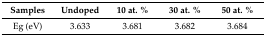
<table><thead><tr><td><b>Samples</b></td><td><b>Undoped</b></td><td><b>10 at. %</b></td><td><b>30 at. %</b></td><td><b>50 at. %</b></td></tr></thead><tbody><tr><td>Eg (eV)</td><td>3.633</td><td>3.681</td><td>3.682</td><td>3.684</td></tr></tbody></table>